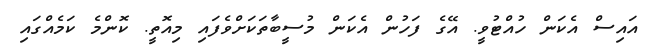
އައިސް އެކަން ހުއްޓުވީ. އޭގެ ފަހުން އެކަން މުސީބާތަކަށްވެފައި މިއޮތީ. ކޮންމެ ކަމެއްގައި